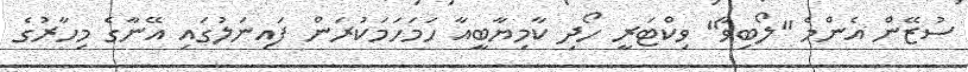
ސުޒޭން އެންމެ "ލޯބިވާ" ވިކްޓަރީ ހޯދި ކާމިޔާބީއާ ހަމަހަމަކުރަން ފައިނަލުގައި އޭނާގެ މިހާރުގެ